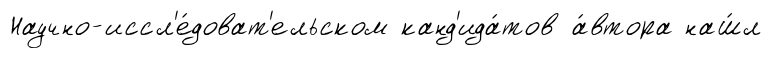
Научно-иссл'е́доват'ельском канд'ида́тов а́втора наш́л